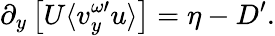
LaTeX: \partial_{y}\left[U\langle v_{y}^{\omega\prime}u\rangle\right]=\eta-D^{\prime}.